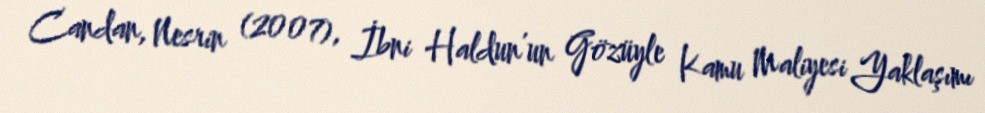
Candan, Nesrin (2007), İbni Haldun’un Gözüyle Kamu Maliyesi Yaklaşımı